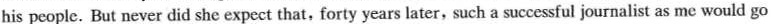
his people. But never did she expect that,forty years later, such a successful journalist as me would go